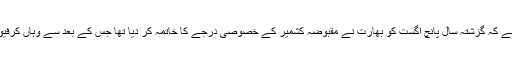
واضح رہے کہ گزشتہ سال پانچ اگست کو بھارت نے مقبوضہ کشمیر کے خصوصی درجے کا خاتمہ کر دیا تھا جس کے بعد سے وہاں کرفیو نافذ ہے۔